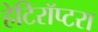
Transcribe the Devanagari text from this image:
हेटिरॉप्टरा